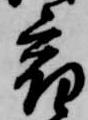
宿